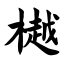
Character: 樾